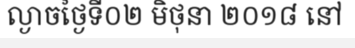
ល្ងាចថ្ងៃទី០២ មិថុនា ២០១៨ នៅ